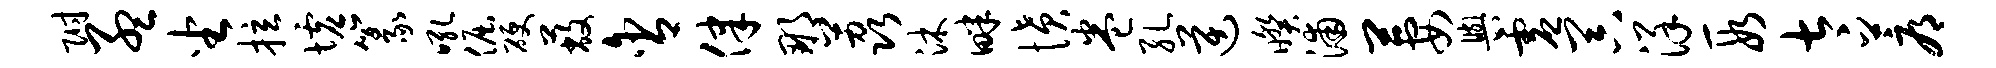
附孟坐拉墟篆吼倔硬蔽含律那荔沐畔愤卷孔逆暌浦萋舆虚器详段太蓐